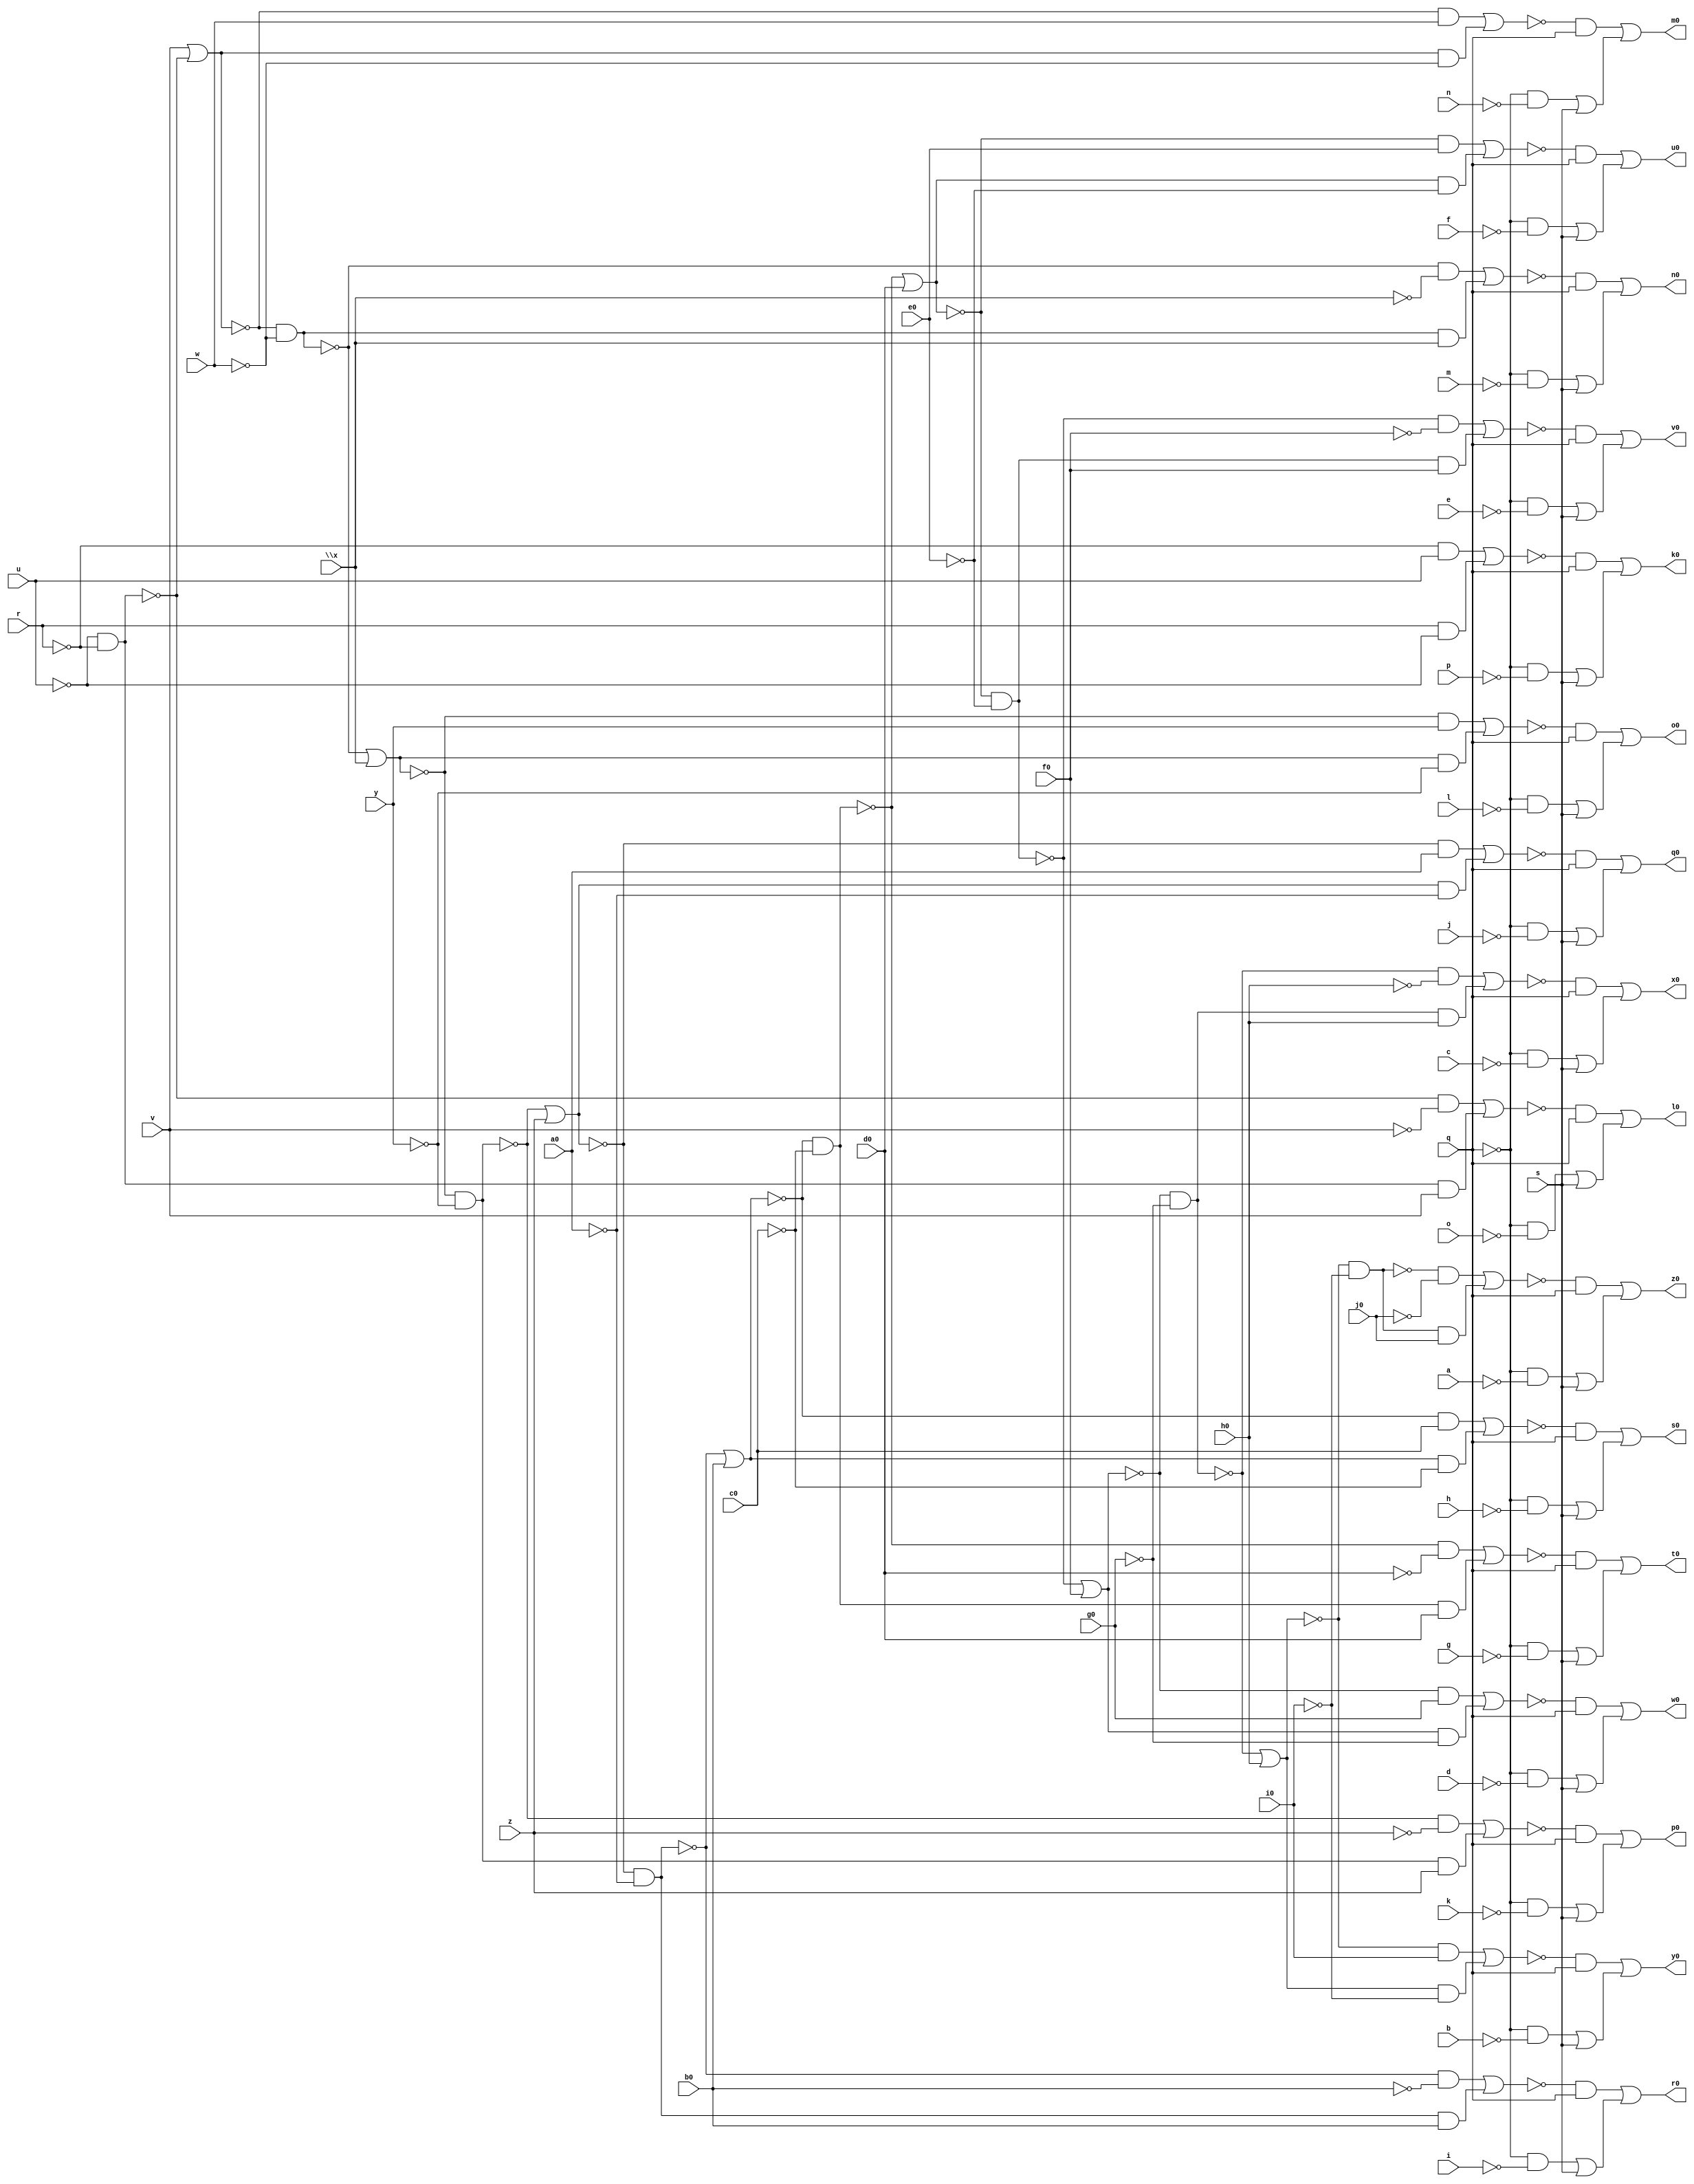
// IWLS benchmark module "count" printed on Wed May 29 16:31:29 2002
module count(a, b, c, d, e, f, g, h, i, j, k, l, m, n, o, p, q, r, s, u, v, w, \x , y, z, a0, b0, c0, d0, e0, f0, g0, h0, i0, j0, k0, l0, m0, n0, o0, p0, q0, r0, s0, t0, u0, v0, w0, x0, y0, z0);
input
  g0,
  h0,
  i0,
  j0,
  a,
  b,
  c,
  d,
  e,
  f,
  g,
  h,
  i,
  j,
  k,
  l,
  m,
  n,
  o,
  p,
  q,
  r,
  s,
  u,
  v,
  w,
  \x ,
  y,
  z,
  a0,
  b0,
  c0,
  d0,
  e0,
  f0;
output
  k0,
  l0,
  m0,
  n0,
  o0,
  p0,
  q0,
  r0,
  s0,
  t0,
  u0,
  v0,
  w0,
  x0,
  y0,
  z0;
wire
  g3,
  h2,
  i3,
  k2,
  \[10] ,
  l2,
  l3,
  \[11] ,
  \[12] ,
  n2,
  n3,
  \[13] ,
  o2,
  \[14] ,
  \[0] ,
  \[15] ,
  q2,
  q3,
  \[1] ,
  r3,
  \[2] ,
  s2,
  s3,
  \[3] ,
  t1,
  \[4] ,
  u3,
  \[5] ,
  v1,
  v2,
  \[6] ,
  w3,
  \[7] ,
  x1,
  x2,
  \[8] ,
  y1,
  \[9] ,
  z3,
  a2,
  a3,
  b3,
  c2,
  c4,
  d3,
  e3,
  f2;
assign
  g3 = (~o2 & c0) | (o2 & ~c0),
  h2 = (~x1 & ~\x ) | (x1 & \x ),
  i3 = (~a3 & ~d0) | (a3 & d0),
  k0 = \[0] ,
  k2 = ~y1 & ~y,
  \[10]  = (~l3 & q) | ((~q & ~f) | s),
  l0 = \[1] ,
  l2 = ~k2 | z,
  l3 = (~b3 & e0) | (b3 & ~e0),
  \[11]  = (~n3 & q) | ((~q & ~e) | s),
  m0 = \[2] ,
  \[12]  = (~u3 & q) | ((~q & ~d) | s),
  n0 = \[3] ,
  n2 = ~l2 & ~a0,
  n3 = (~d3 & ~f0) | (d3 & f0),
  \[13]  = (~w3 & q) | ((~q & ~c) | s),
  o0 = \[4] ,
  o2 = ~n2 | b0,
  \[14]  = (~z3 & q) | ((~q & ~b) | s),
  p0 = \[5] ,
  \[0]  = (~a2 & q) | ((~q & ~p) | s),
  \[15]  = (~c4 & q) | ((~q & ~a) | s),
  q0 = \[6] ,
  q2 = (~y1 & y) | (y1 & ~y),
  q3 = ~e3 & ~g0,
  \[1]  = (~c2 & q) | ((~q & ~o) | s),
  r0 = \[7] ,
  r3 = ~q3 | h0,
  \[2]  = (~f2 & q) | ((~q & ~n) | s),
  s0 = \[8] ,
  s2 = (~k2 & ~z) | (k2 & z),
  s3 = ~r3 & ~i0,
  \[3]  = (~h2 & q) | ((~q & ~m) | s),
  t0 = \[9] ,
  t1 = ~u & ~r,
  \[4]  = (~q2 & q) | ((~q & ~l) | s),
  u0 = \[10] ,
  u3 = (~e3 & g0) | (e3 & ~g0),
  \[5]  = (~s2 & q) | ((~q & ~k) | s),
  v0 = \[11] ,
  v1 = v | ~t1,
  v2 = (~l2 & a0) | (l2 & ~a0),
  \[6]  = (~v2 & q) | ((~q & ~j) | s),
  w0 = \[12] ,
  w3 = (~q3 & ~h0) | (q3 & h0),
  \[7]  = (~x2 & q) | ((~q & ~i) | s),
  x0 = \[13] ,
  x1 = ~v1 & ~w,
  x2 = (~n2 & ~b0) | (n2 & b0),
  \[8]  = (~g3 & q) | ((~q & ~h) | s),
  y0 = \[14] ,
  y1 = ~x1 | \x ,
  \[9]  = (~i3 & q) | ((~q & ~g) | s),
  z0 = \[15] ,
  z3 = (~r3 & i0) | (r3 & ~i0),
  a2 = (~r & u) | (r & ~u),
  a3 = ~o2 & ~c0,
  b3 = ~a3 | d0,
  c2 = (~t1 & ~v) | (t1 & v),
  c4 = (~s3 & ~j0) | (s3 & j0),
  d3 = ~b3 & ~e0,
  e3 = ~d3 | f0,
  f2 = (~v1 & w) | (v1 & ~w);
endmodule